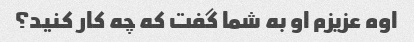
اوه عزیزم او به شما گفت که چه کار کنید؟